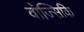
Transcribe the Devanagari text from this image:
वोज्सिकि